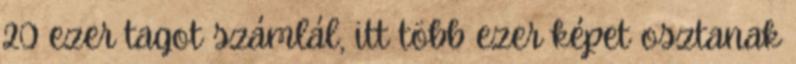
20 ezer tagot számlál, itt több ezer képet osztanak